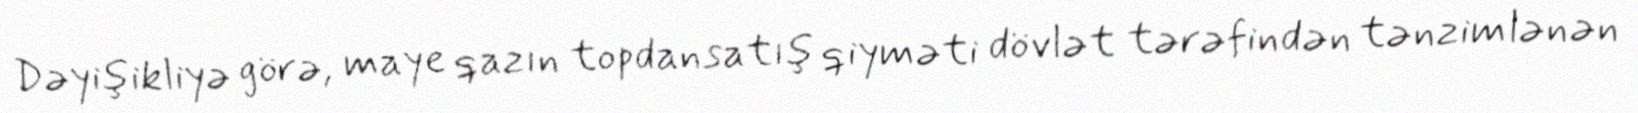
Dəyişikliyə görə, maye qazın topdansatış qiyməti dövlət tərəfindən tənzimlənən